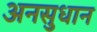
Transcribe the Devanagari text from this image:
अनसुधान